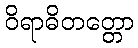
ဝိရာဓိတတ္တော